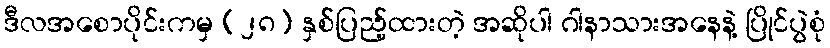
ဒီလအစောပိုင်းကမှ (၂၈) နှစ်ပြည့်ထားတဲ့ အဆိုပါ ဂါနာသားအနေနဲ့ ပြိုင်ပွဲစုံ